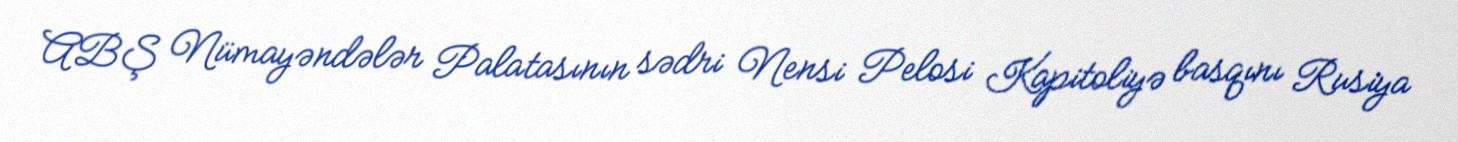
ABŞ Nümayəndələr Palatasının sədri Nensi Pelosi Kapitoliyə basqını Rusiya